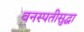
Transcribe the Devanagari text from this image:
वनस्पतीसुद्धा